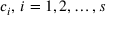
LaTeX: c _ { i } , \, i = 1 , 2 , \ldots , s